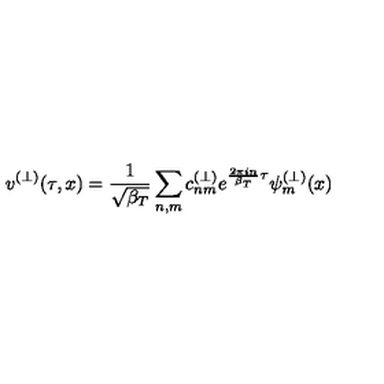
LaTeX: v ^ { ( \perp ) } ( \tau , x ) = \frac { 1 } { \sqrt { \beta _ { T } } } \sum _ { n , m } c _ { n m } ^ { ( \perp ) } e ^ { \frac { 2 \pi i n } { \beta _ { T } } \tau } \psi _ { m } ^ { ( \perp ) } ( x )